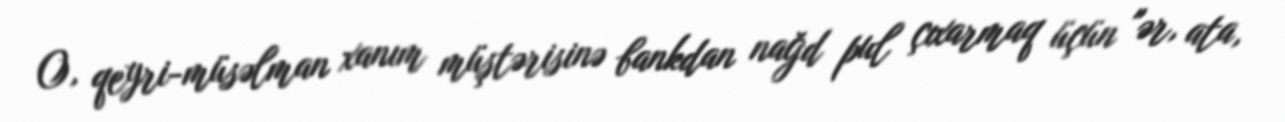
O, qeyri-müsəlman xanım müştərisinə bankdan nağd pul çıxarmaq üçün "ər, ata,